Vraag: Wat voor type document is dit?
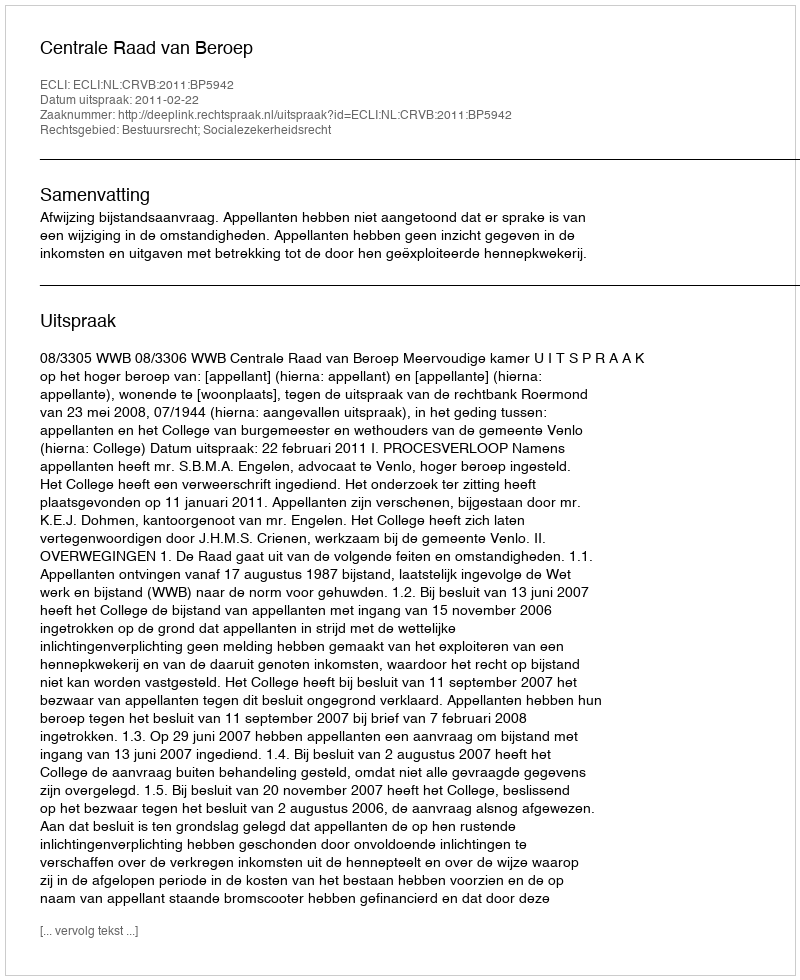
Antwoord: Uitspraak